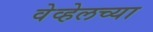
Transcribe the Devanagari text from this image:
वेव्हेलच्या